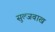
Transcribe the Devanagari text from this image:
सुल्जबाख